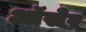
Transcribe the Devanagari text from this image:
ऑसेर